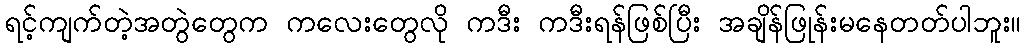
ရင့်ကျက်တဲ့အတွဲတွေက ကလေးတွေလို ကဒီး ကဒီးရန်ဖြစ်ပြီး အချိန်ဖြုန်းမနေတတ်ပါဘူး။